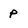
Character: p